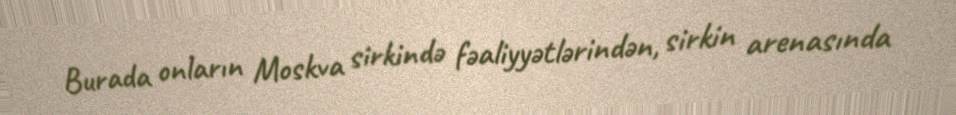
Burada onların Moskva sirkində fəaliyyətlərindən, sirkin arenasında